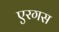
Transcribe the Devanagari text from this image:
एरगस